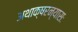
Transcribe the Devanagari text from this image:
अथाक्षरन्यासः